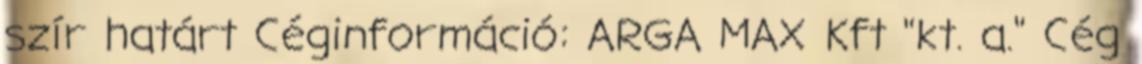
szír határt Céginformáció: ARGA MAX Kft "kt. a." Cég